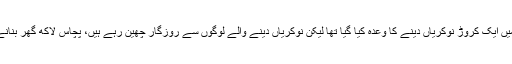
چیئرمین پیپلز پارٹی نے کہا کہ نئے پاکستان میں ایک کروڑ نوکریاں دینے کا وعدہ کیا گیا تھا لیکن نوکریاں دینے والے لوگوں سے روزگار چھین رہے ہیں، پچاس لاکھ گھر بنانے والے غریبوں کے کچے مکان توڑ رہے ہیں۔